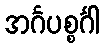
အင်္ဂပစ္စင်္ဂါ